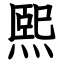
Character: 熙